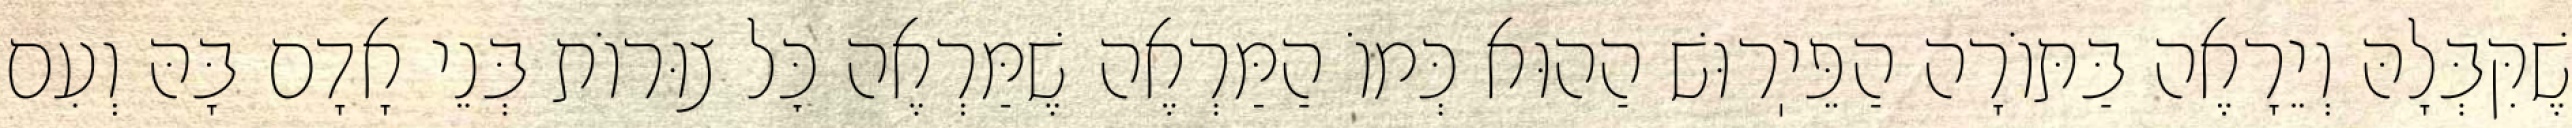
שֶׁקִּבְּלָהּ וְיֵרָאֶה בַּתּוֹרָה הַפֵּיֽרוּשׁ הַהוּא כְּמוֹ הַמַּרְאֶה שֶׁמַּרְאֶה כׇּל צוּרוֹת בְּנֵי אָדָם בָּהּ וְעִם